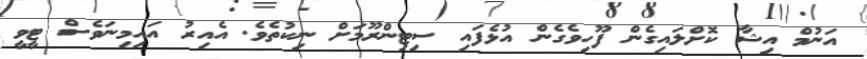
އަނުމް އިޝާ ކޮށްލައިގެން ފޫހިވެގެން އުޅެފައި ސިޓިންރޫމަށް ނިކުތެވެ. އެއިރު އައިމިނަވެސް ޓީވީ